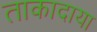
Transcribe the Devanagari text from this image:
ताकादाया